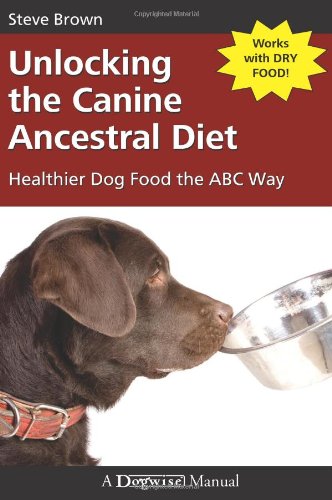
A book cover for Unlocking the Canine Ancestral Diet: Healthier Dog Food the ABC Way; Steve Brown; Crafts, Hobbies & Home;